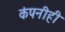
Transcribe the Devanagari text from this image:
कंपनीही